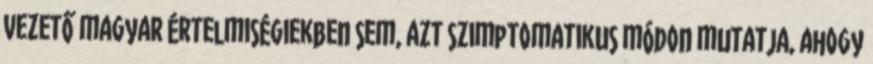
vezető magyar értelmiségiekben sem, azt szimptomatikus módon mutatja, ahogy